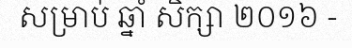
សម្រាប់ ឆ្នាំ សិក្សា ២០១៦ -